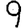
Digit: 9